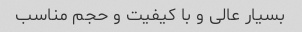
بسیار عالی و با کیفیت و حجم مناسب